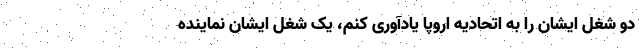
دو شغل ایشان را به اتحادیه اروپا یادآوری کنم، یک شغل ایشان نماینده